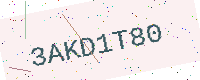
Text: 3AKD1T80